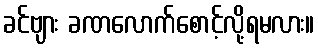
ခင်ဗျား ခဏလောက်စောင့်လို့ရမလား။